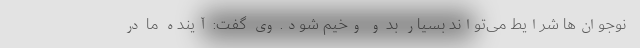
نوجوان‌ها شرایط می‌تواند بسیار بد و وخیم شود. وی گفت: آینده ما در